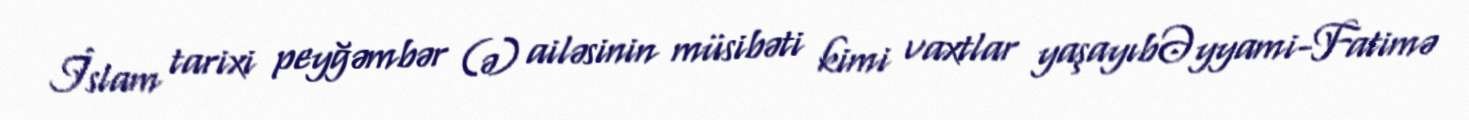
İslam tarixi peyğəmbər (ə) ailəsinin müsibəti kimi vaxtlar yaşayıbƏyyami-Fatimə